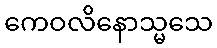
ကေဝလိနောသ္မသေ